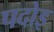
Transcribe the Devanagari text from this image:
पदोइ